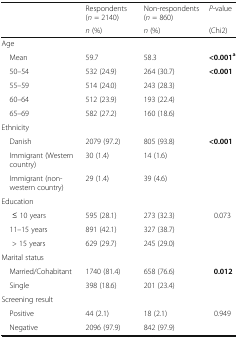
| <ROWSPAN=2>  | Respondents (n = 2140) | Non-respondents (n = 860) | P-value |
 | n (%) | n (%) | (Chi2) |
 | --- | --- | --- | --- |
 | <COLSPAN=4> Age |
 | Mean | 59.7 | 58.3 | <0.001a |
 | 50–54 | 532 (24.9) | 264 (30.7) | <ROWSPAN=4> <0.001 |
 | 55–59 | 514 (24.0) | 243 (28.3) |
 | 60–64 | 512 (23.9) | 193 (22.4) |
 | 65–69 | 582 (27.2) | 160 (18.6) |
 | <COLSPAN=4> Ethnicity |
 | Danish | 2079 (97.2) | 805 (93.8) | <ROWSPAN=3> <0.001 |
 | Immigrant (Western country) | 30 (1.4) | 14 (1.6) |
 | Immigrant (non-western country) | 29 (1.4) | 39 (4.6) |
 | <COLSPAN=4> Education |
 | ≤ 10 years | 595 (28.1) | 273 (32.3) | <ROWSPAN=3> 0.073 |
 | 11–15 years | 891 (42.1) | 327 (38.7) |
 | > 15 years | 629 (29.7) | 245 (29.0) |
 | <COLSPAN=4> Marital status |
 | Married/Cohabitant | 1740 (81.4) | 658 (76.6) | <ROWSPAN=2> 0.012 |
 | Single | 398 (18.6) | 201 (23.4) |
 | <COLSPAN=4> Screening result |
 | Positive | 44 (2.1) | 18 (2.1) | <ROWSPAN=2> 0.949 |
 | Negative | 2096 (97.9) | 842 (97.9) |